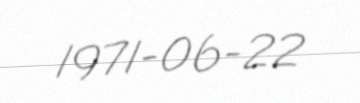
1971-06-22